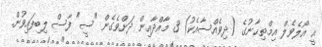
އީ އޯލެވެލް އިމްތިޙާނުގެ (ދިވެއްސާއެކު) 3 މާއްދާއިން ދަށްވެގެން "ސީ" ފާސް ލިބިފައިވުން.